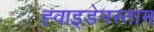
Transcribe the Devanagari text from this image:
ह्वाइडेनस्ताम